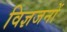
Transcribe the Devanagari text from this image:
विज्ञजनों